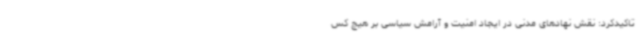
تاکیدکرد: نقش نهادهای مدنی در ایجاد امنیت و آرامش سیاسی بر هیچ کس